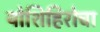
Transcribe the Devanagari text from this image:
योशिहिरोचा